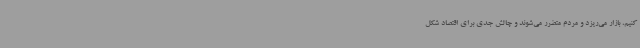
کنیم، بازار می‌ریزد و مردم متضرر می‌شوند و چالش جدی برای اقتصاد شکل